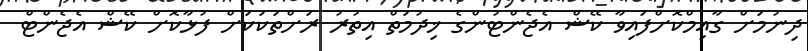
ދިނުމަށް ގާއިމްކޮށްފައިވާ ކޭޝް އެޖެންޓުންގެ ޚިދުމަތް އިތުރު ރަށްތަކަކަށް ފުޅާކޮށް ކޭޝް އެޖެންޓް